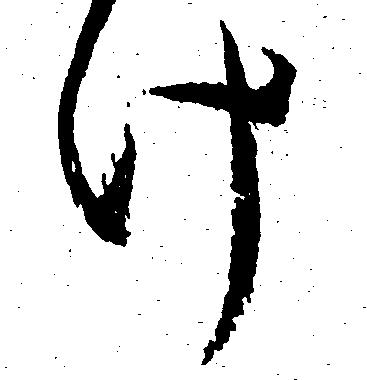
け